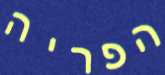
הפריה